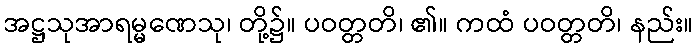
အဋ္ဌသုအာရမ္မဏေသု၊ တို့၌။ ပဝတ္တတိ၊ ၏။ ကထံ ပဝတ္တတိ၊ နည်း။